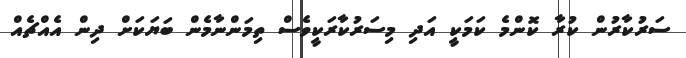
ސަރުކާރުން ކުރާ ކޮންމެ ކަމަކީ އަދި މިސަރުކާރަކީވެސް ތިމަންނާމެން ބަޔަކަށް ދިން އެއްޗެއް